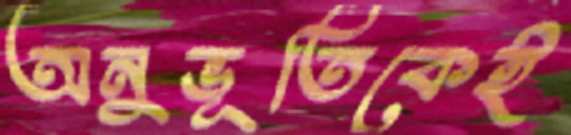
অনুভূতিকেই